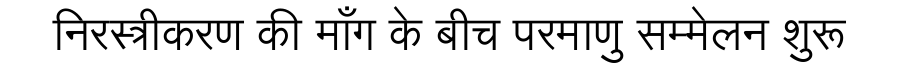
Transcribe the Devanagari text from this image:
निरस्त्रीकरण की माँग के बीच परमाणु सम्मेलन शुरू